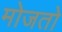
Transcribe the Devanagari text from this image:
मोजतो